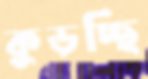
কুড়চ্ছি